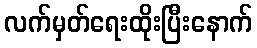
လက်မှတ်ရေးထိုးပြီးနောက်